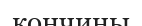
кончины